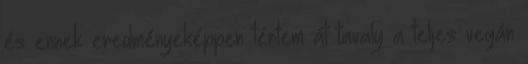
és ennek eredményeképpen tértem át tavaly a teljes vegán